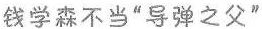
钱学森不当“导弹之父”